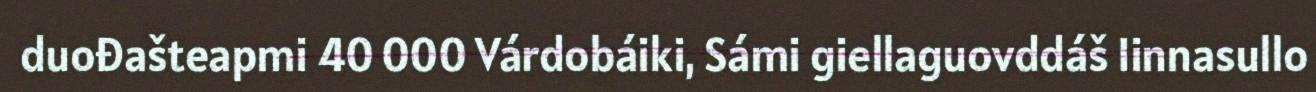
duođašteapmi 40 000 Várdobáiki, Sámi giellaguovddáš Iinnasullo